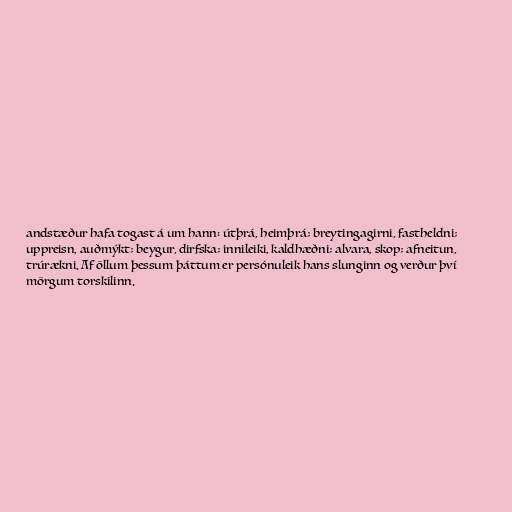
andstæður hafa togast á um hann: útþrá, heimþrá; breytingagirni, fastheldni;
uppreisn, auðmýkt; beygur, dirfska; innileiki, kaldhæðni; alvara, skop; afneitun,
trúrækni. Af öllum þessum þáttum er persónuleik hans slunginn og verður því
mörgum torskilinn.